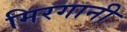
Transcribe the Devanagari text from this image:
मिरगानी